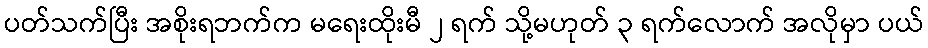
ပတ်သက်ပြီး အစိုးရဘက်က မရေးထိုးမီ ၂ ရက် သို့မဟုတ် ၃ ရက်လောက် အလိုမှာ ပယ်